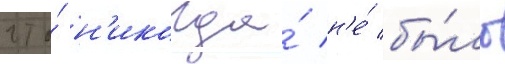
что́ н'икогда́ н'е́ бы́ло